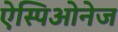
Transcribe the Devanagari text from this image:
ऐस्पिओनेज